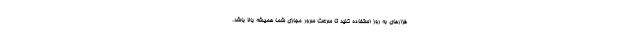
فزارهای به روز استفاده کنید تا سرعت سرور مجازی شما همیشه بالا باشد.